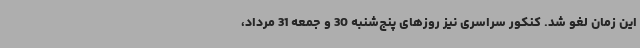
این زمان لغو شد. کنکور سراسری نیز روزهای پنج‌شنبه 30 و جمعه 31 مرداد،